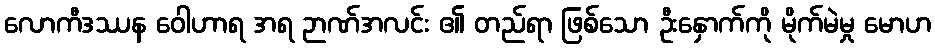
လောကီဒဿန ဝေါဟာရ အရ ဉာဏ်အလင်း ၏ တည်ရာ ဖြစ်သော ဦးနှောက်ကို မိုက်မဲမှု မောဟ